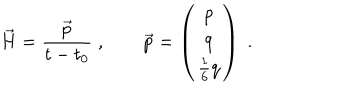
\vec { H } = \frac { \vec { p } } { t - t _ { 0 } } \; , \qquad \vec { p } = \left( \begin{array} { c } { { p } } \\ { { q } } \\ { { \frac { 1 } { 6 } q } } \\ \end{array} \right) \; .